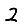
Digit: 2